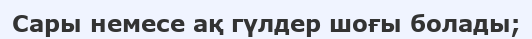
Сары немесе ақ гүлдер шоғы болады;